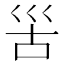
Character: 𡿵